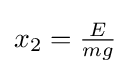
{\textstyle x_{2}={E \over mg}}